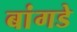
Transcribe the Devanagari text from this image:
बांगडे